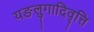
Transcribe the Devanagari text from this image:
यङलुगादिवृत्ति